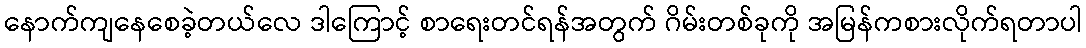
နောက်ကျနေစေခဲ့တယ်လေ ဒါကြောင့် စာရေးတင်ရန်အတွက် ဂိမ်းတစ်ခုကို အမြန်ကစားလိုက်ရတာပါ